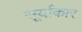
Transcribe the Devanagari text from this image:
सूर्याकार